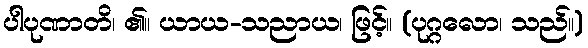
ပါပုဏာတိ၊ ၏။ ယာယ-သညာယ၊ ဖြင့်။ (ပုဂ္ဂလော၊ သည်။)